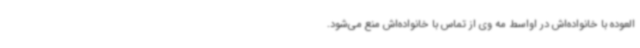
العوده با خانواده‌اش در اواسط مه وی از تماس با خانواده‌اش منع می‌شود.